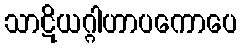
သာဋိယဂ္ဂါဟာပကောပေ